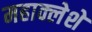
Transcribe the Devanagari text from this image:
महाक्लेशे